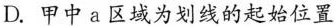
D.甲中a区域为划线的起始位置